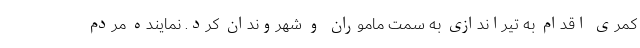
کمری اقدام به تیراندازی به سمت ماموران و شهروندان کرد. نماینده مردم